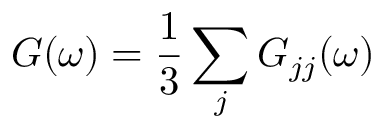
G ( \omega ) = \frac { 1 } { 3 } \sum _ { j } G _ { j j } ( \omega )